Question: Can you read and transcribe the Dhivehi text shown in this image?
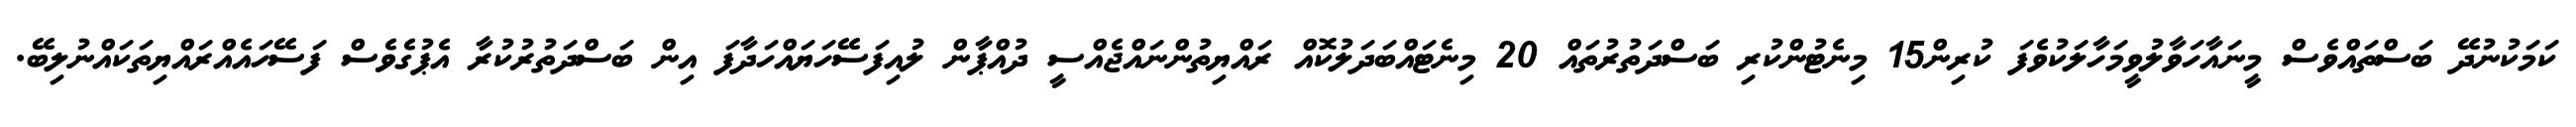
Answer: ކަމަކުނުދޭ ބަސްތައްވެސް މީނައާހަވާލުވީމަހާލަކުވެފަ ކުރިން15 މިނެޓުންކުރި ބަސްދަތުރުތައް 20 މިނެޓައްބަދަލުކޮއް ރައްޔިތުންނައްޖެއްސީ ދުއްޕާން ލުއިފަސޭހަޔައްހަދާފަ އިން ބަސްދަތުރުކުރާ އެޕުގެވެސް ފަސޭހައެއްރައްޔިތަކައްނުލިބޭ.